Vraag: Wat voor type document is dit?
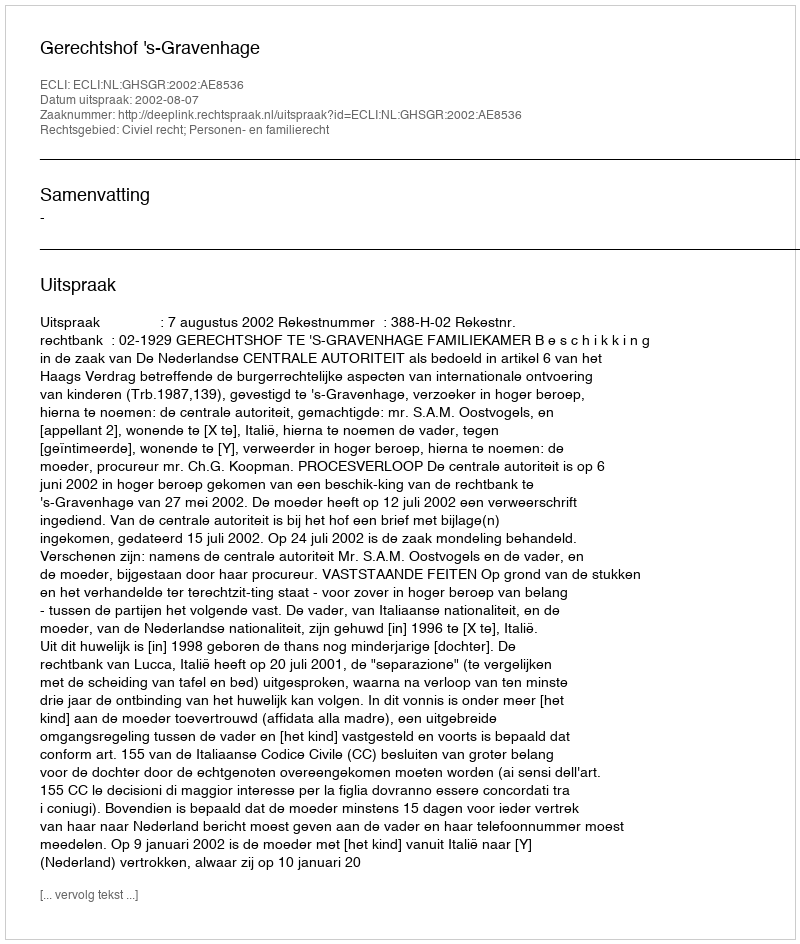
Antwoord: Uitspraak